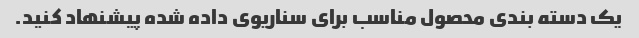
یک دسته بندی محصول مناسب برای سناریوی داده شده پیشنهاد کنید.